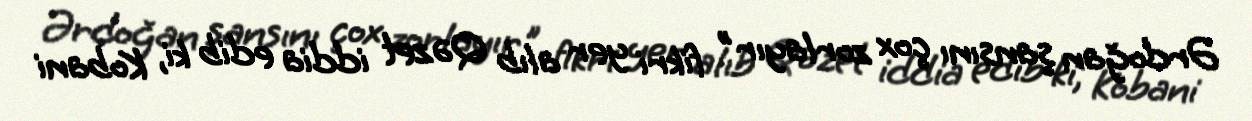
Ərdoğan şansını çox zorlayır" fikri yer alıb Qəzet iddia edib ki, Kobani